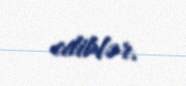
ediblər.